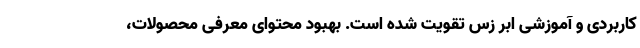
کاربردی و آموزشی ابر زس تقویت شده است. بهبود محتوای معرفی محصولات،